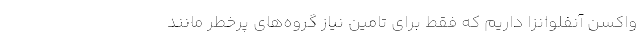
واکسن آنفلوانزا داریم که فقط برای تامین نیاز گروه‌های پرخطر مانند